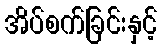
အိပ်စက်ခြင်းနှင့်